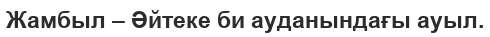
Жамбыл – Әйтеке би ауданындағы ауыл.